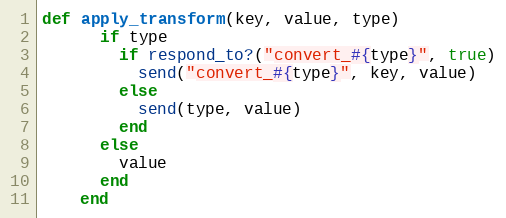
Language: Ruby
def apply_transform(key, value, type)
      if type
        if respond_to?("convert_#{type}", true)
          send("convert_#{type}", key, value)
        else
          send(type, value)
        end
      else
        value
      end
    end